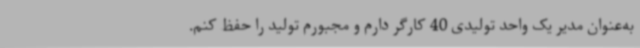
به‌عنوان مدیر یک واحد تولیدی 40 کارگر دارم و مجبورم تولید را حفظ کنم.